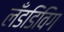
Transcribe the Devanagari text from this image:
लँडडिविग